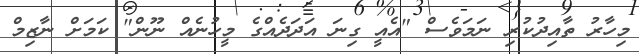
މިހާރު ތާއިދުކުރި ނަމަވެސް "އެއީ ގިނަ އަދަދެއްގެ މީހުނެއް ނޫން" ކަމަށް ނާޒިމް